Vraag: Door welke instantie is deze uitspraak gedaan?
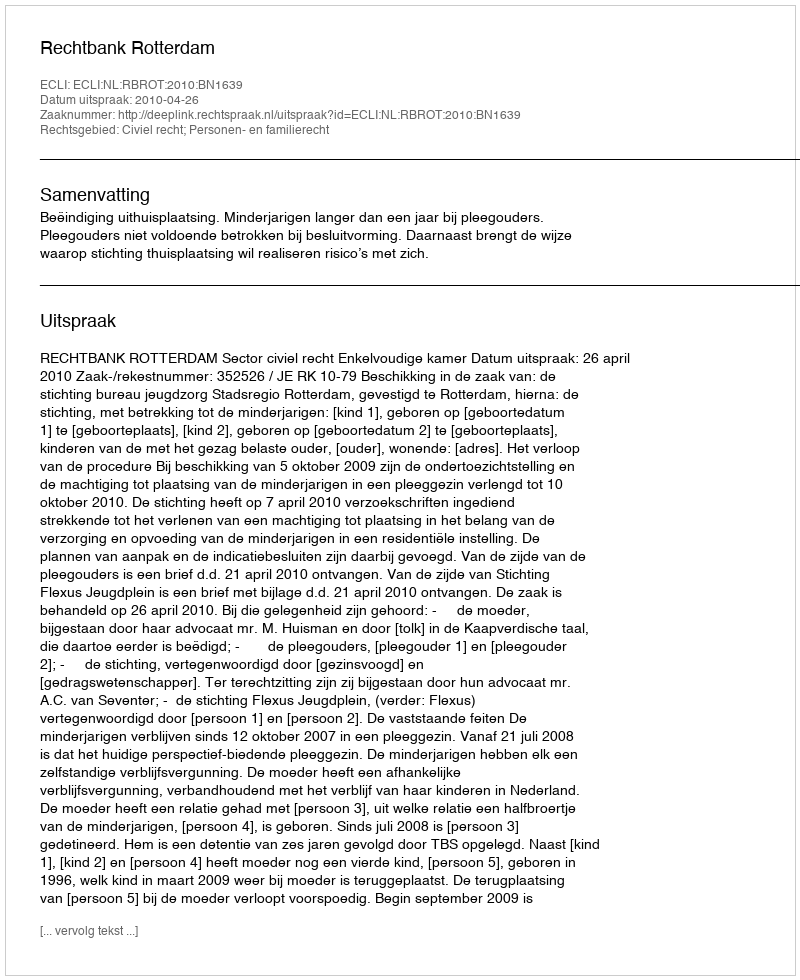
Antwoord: Rechtbank Rotterdam